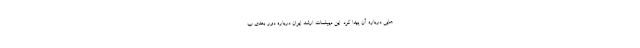
هایی درباره آن پیدا کرد. این دیپلمات ارشد ایران درباره دور بعدی ب